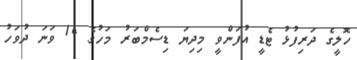
ހޮލީގެ ދަރިފުޅު ޓެޑީ އުފަންވީ މިދިޔަ ޑިސެމްބަރު މަހުގެ 14 ވަނަ ދުވަހު